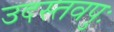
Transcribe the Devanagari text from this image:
उदस्तवपुः